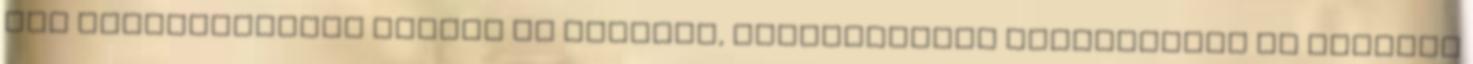
híd megerősítését Európa és Amerika, konkrétabban Németország és Amerika